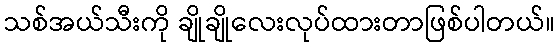
သစ်အယ်သီးကို ချိုချိုလေးလုပ်ထားတာဖြစ်ပါတယ်။